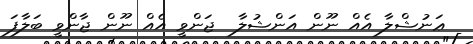
ޢަނުޝްލާ އެއް ނޫން އަންޝުލާ  ޖަންވީ އެއް ނޫން ޖާންވީ ބަލާފަ